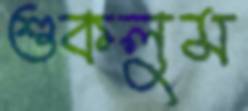
শুকলুম